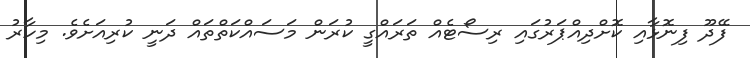
ފޭދޫ ފިނޮޅާއި ކޮށްދިއްޕަރުގައި ރިސޯޓެއް ތަރައްގީ ކުރަން މަސައްކަތްތައް ދަނީ ކުރިއަށެވެ. މިހާރު